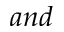
a n d